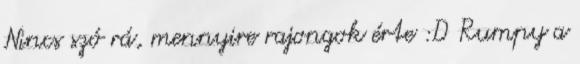
Nincs szó rá, mennyire rajongok érte :D Rumpy a